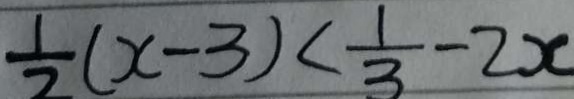
\frac { 1 } { 2 } ( x - 3 ) < \frac { 1 } { 3 } - 2 x